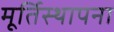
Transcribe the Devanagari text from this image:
मूर्तिस्थापना